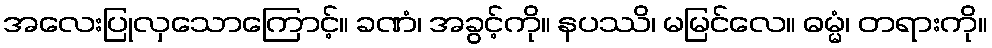
အလေးပြုလှသောကြောင့်။ ခဏံ၊ အခွင့်ကို။ နပဿိ၊ မမြင်လေ။ ဓမ္မံ၊ တရားကို။